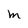
Character: M